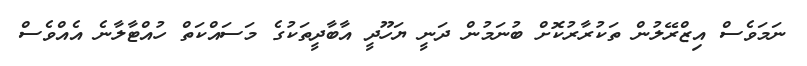
ނަމަވެސް އިޒްރޭލުން ތަކުރާރުކޮށް ބުނަމުން ދަނީ ޔަހޫދީ އާބާދީތަކުގެ މަސައްކަތް ހުއްޓާލާނެ އެއްވެސް